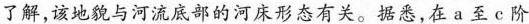
了解，该地貌与河流底部的河床形态有关。据悉，在a至c阶